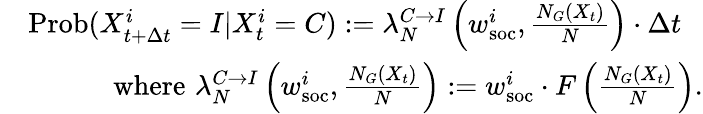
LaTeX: \begin{array}{rl}&{\mathrm{Prob}(X_{t+\Delta t}^{i}=I|X_{t}^{i}=C):=\lambda_{N}^{C\rightarrow I}\left(w_{\mathrm{soc}}^{i},\frac{N_{G}(X_{t})}{N}\right)\cdot\Delta t}\\ &{\quad\quad\quad\mathrm{where}\, \, \lambda_{N}^{C\rightarrow I}\left(w_{\mathrm{soc}}^{i},\frac{N_{G}(X_{t})}{N}\right):=w_{\mathrm{soc}}^{i}\cdot F\left(\frac{N_{G}(X_{t})}{N}\right).}\end{array}